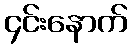
၄င်းနောက်